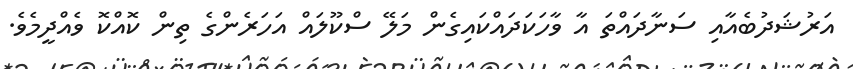
އަރުޝަދުބެއާއި ސަނާދައްތަ އާ ވާހަކަދައްކައިގެން މަލޭ ސްކޫލައް އަހަރެންގެ ތިން ކޮއްކޮ ވެއްދީމެވެ.